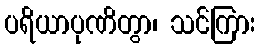
ပရိယာပုဏိတွာ၊ သင်ကြား